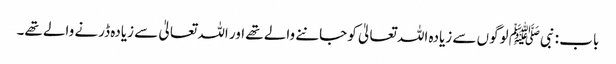
باب : نبیﷺ لوگوں سے زیادہ اللہ تعالیٰ کو جاننے والے تھے اور اللہ تعالیٰ سے زیادہ ڈرنے والے تھے۔